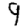
Digit: 9